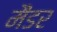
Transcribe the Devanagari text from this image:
मैंडर